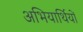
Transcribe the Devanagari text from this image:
अभियार्थियों